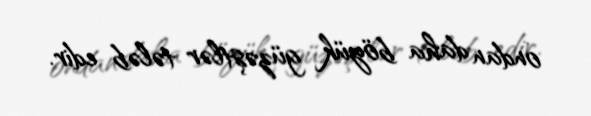
ondan daha böyük güzəştlər tələb edir.